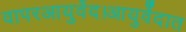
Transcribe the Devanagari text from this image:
वापरआयुर्वेद।आयुर्वेदात